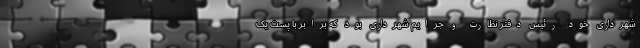
شهرداری خود رئیس دفتر نظارت و جرایم شهرداری بود که برابر با پست یک